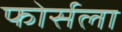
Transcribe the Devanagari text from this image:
फोर्सला